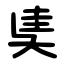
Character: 奊